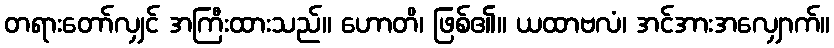
တရားတော်လျှင် အကြီးထားသည်။ ဟောတိ၊ ဖြစ်၏။ ယထာဗလံ၊ အင်အားအလျှောက်။